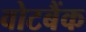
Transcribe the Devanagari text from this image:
वोटबैंक